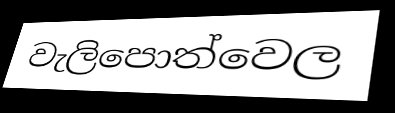
වැලිපොත්වෙල